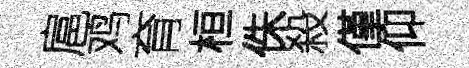
扈鸡育桓侏殺僅仰